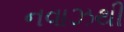
નવાઝથી